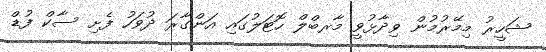
ޝަހީރު މިމޭރުމުން ވިދާޅުވީ މާރބްލް ހޮޓަލުގައި އަންގާރަ ދުވަހު ފެށި ސާކް ފުޑް